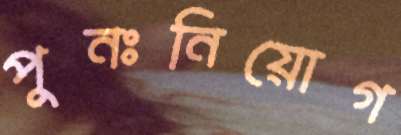
পুনঃনিয়োগ